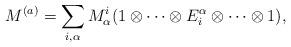
LaTeX: \begin{align*}M^{(a)}=\sum_{i,\alpha}M_\alpha^i(1\otimes\cdots\otimes E_i^\alpha\otimes\cdots\otimes1),\end{align*}